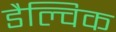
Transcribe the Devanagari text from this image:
डैल्विक